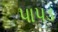
પાપડ